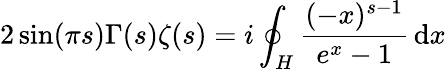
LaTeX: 2\sin(\pi s)\Gamma(s)\zeta(s)=i\oint_{H}{\frac{(-x)^{s-1}}{e^{x}-1}}\, \mathrm{d}x